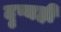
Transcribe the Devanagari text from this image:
दृष्यही